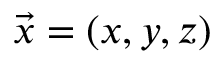
\vec { x } = ( x , y , z )